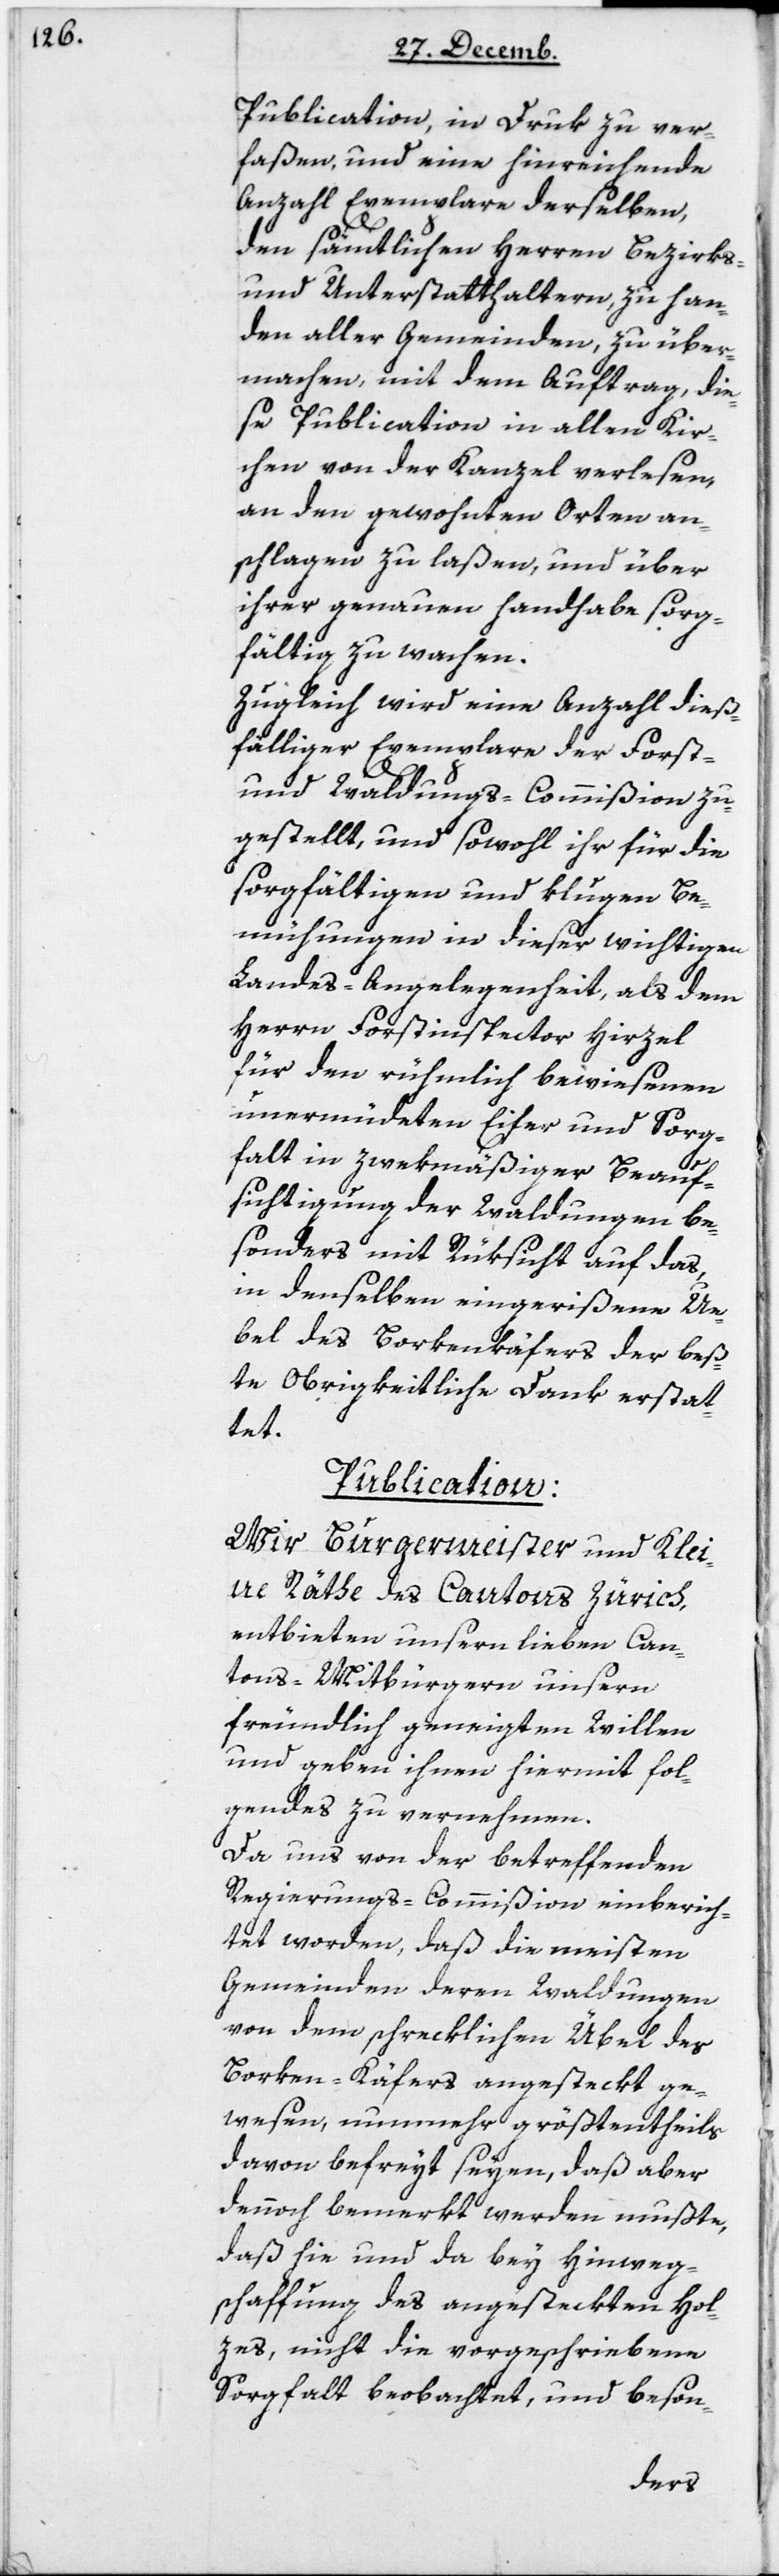
Publication in Druk zu ver¬
faßen, und eine hinreichende
Anzahl Exemplare derselben,
den sämtlichen Herren Bezirks-
und Unterstatthaltern zu Han¬
den aller Gemeinden, zu über¬
machen, mit dem Auftrag, die¬
se Publication in allen Kir¬
chen von der Kanzel verlesen,
an den gewohnten Orten an¬
schlagen zu laßen, und über
ihrer genauen Handhabe sorg¬
fältig zu wachen.
Zugleich wird eine Anzahl dieß¬
fälliger Exemplare der Forst-
und Waldungs-Commißion zu¬
gestellt, und sowohl ihr für die
sorgfältigen und klugen Be¬
mühungen in dieser wichtigen
Landes-Angelegenheit, als dem
Herrn Forstinspector Hirzel
für den rühmlich bewiesenen
unermüdeten Eifer und Sorg¬
falt in zwekmäßiger Beauf¬
sichtigung der Waldungen be¬
sonders mit Rüksicht auf das,
in denselben eingerißene Ü¬
bel des Borkenkäfers der bes¬
te obrigkeitliche Dank erstat¬
tet.
Publication.
Wir Burgermeister und Klei¬
ne Räthe des Cantons Zürich
entbieten unsern lieben Can¬
tons-Mitbürgern unsern
freundlich geneigten Willen
und geben ihnen hiermit Fol¬
gendes zu vernehmen:
Da uns von der betreffenden
Regierungs-Commißion einberich¬
tet worden, daß die meisten
Gemeinden, deren Waldungen
von dem schreklichen Übel des
Borken-Käfers angestekt ge¬
wesen, nunmehr größtentheils
davon befreyt seien, daß aber
dennoch bemerkt werden müßte,
daß hie und da bey Hinweg¬
schaffung des angesteckten Hol¬
zes, nicht die vorgeschriebene
Sorgfalt beobachtet, und beson-